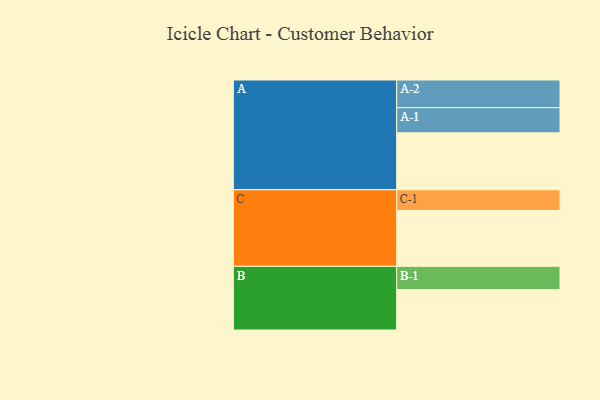
{"axis": {"x": "Segment", "y": "Value"}, "legend": ["", "A", "B", "C"], "data": [{"x": "A", "y": 525, "type": ""}, {"x": "B", "y": 373, "type": ""}, {"x": "C", "y": 514, "type": ""}, {"x": "A-1", "y": 232, "type": "A"}, {"x": "A-2", "y": 255, "type": "A"}, {"x": "B-1", "y": 214, "type": "B"}, {"x": "C-1", "y": 192, "type": "C"}]}